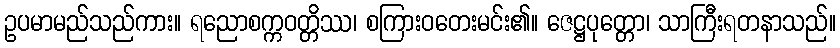
ဥပမာမည်သည်ကား။ ရညောစက္ကဝတ္တိဿ၊ စကြားဝတေးမင်း၏။ ဇေဋ္ဌပုတ္တော၊ သာကြီးရတနာသည်။